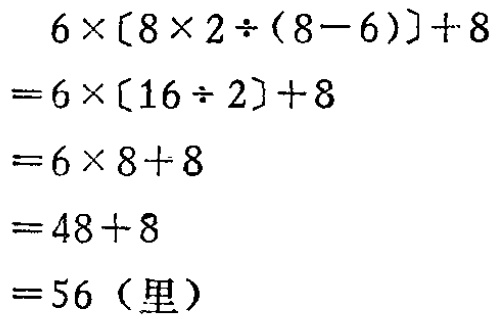
\[

\begin{align*}

&6\times[8\times2\div(8 - 6)]+8\\

=&6\times[16\div2]+8\\

=&6\times8 + 8\\

=&48+8\\

=&56（里）

\end{align*}

\]